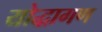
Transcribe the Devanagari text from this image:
योद्धागण